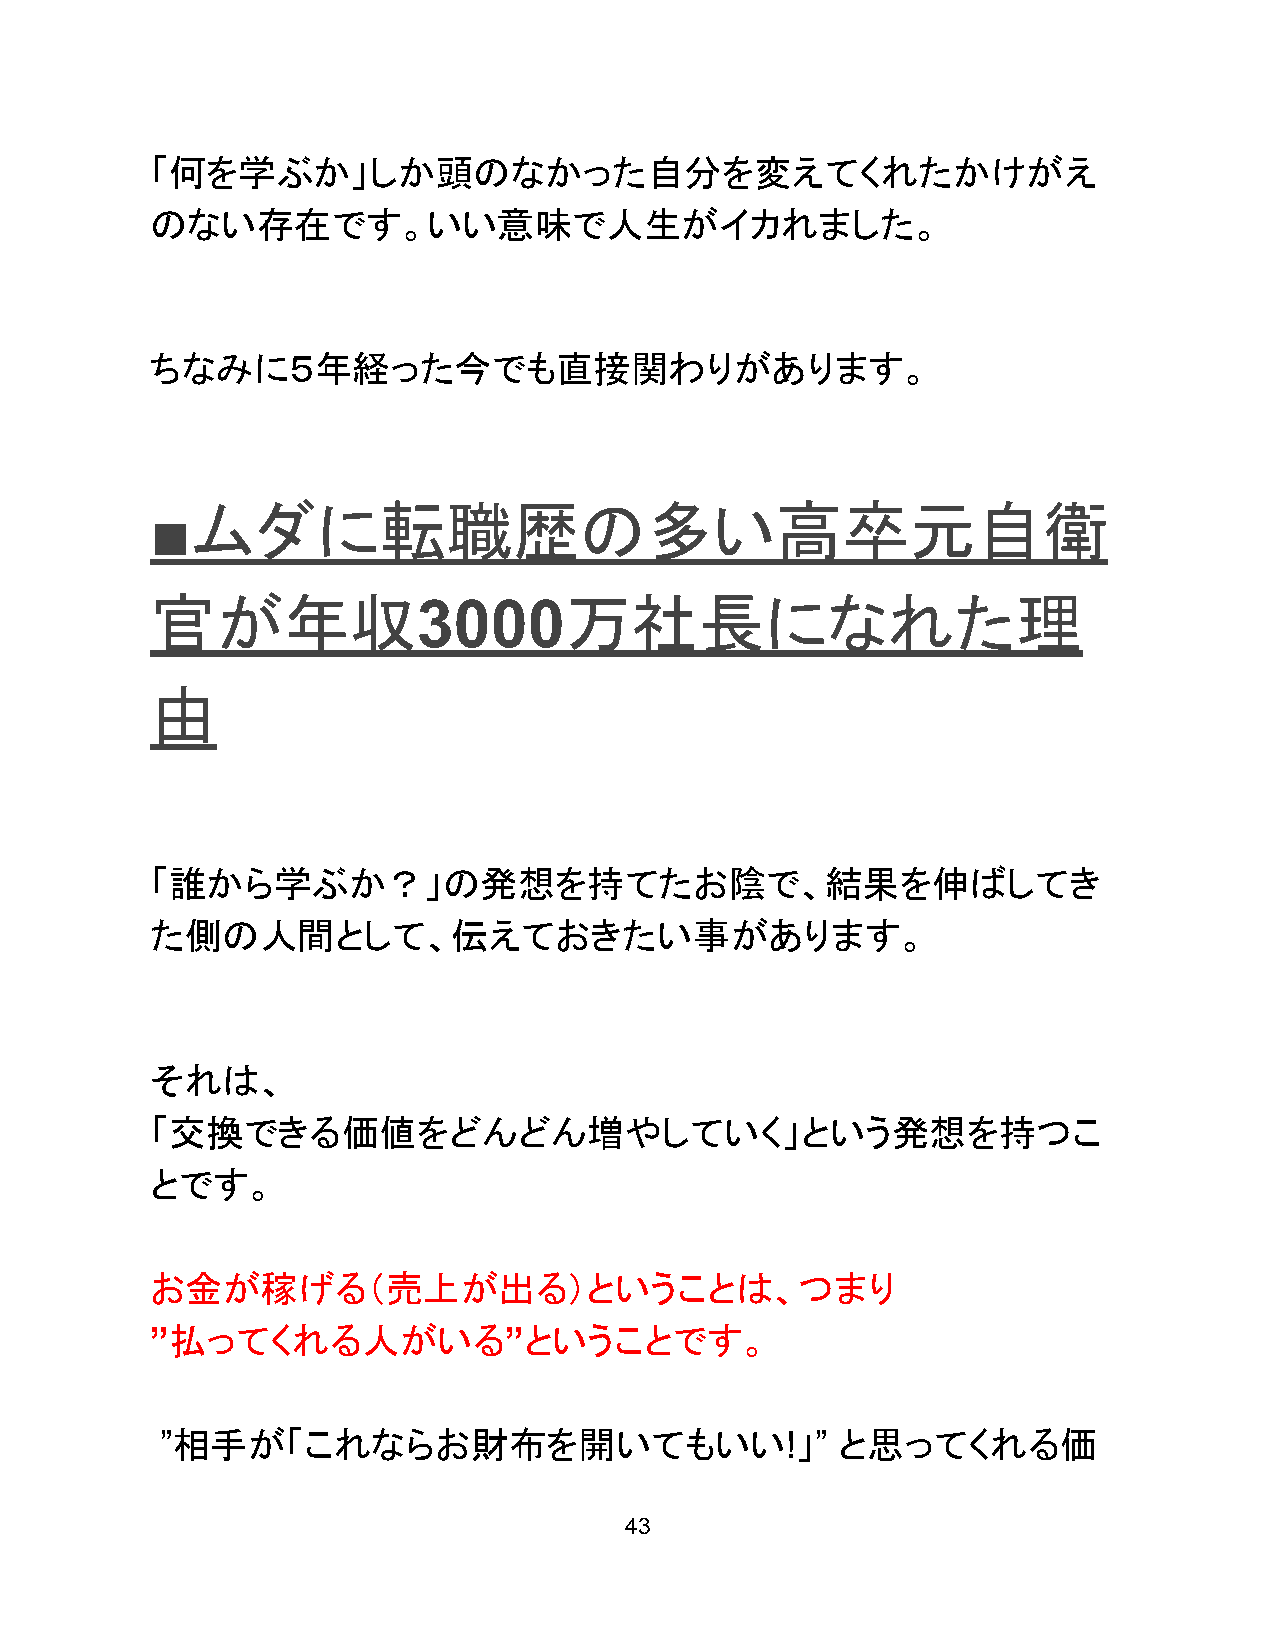
「何を学ぶか」しか頭のなかった自分を変えてくれたかけがえ
 のない存在です。いい意味で人生がイカれました。
 ちなみに５年経った今でも直接関わりがあります。
 ■ムダに転職歴の多い高卒元自衛
 官が年収3000万社長になれた理
 由
 「誰から学ぶか？」の発想を持てたお陰で、結果を伸ばしてき
 た側の人間として、伝えておきたい事があります。
 それは、
 「交換できる価値をどんどん増やしていく」という発想を持つこ
 とです。
 お金が稼げる（売上が出る）ということは、つまり
 ”払ってくれる人がいる”ということです。
 ”相手が「これならお財布を開いてもいい!」”                      と思ってくれる価
 43